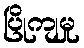
ပြိုကျမှု